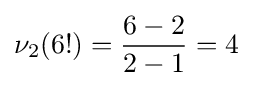
\nu _{2}(6!)={\frac {6-2}{2-1}}=4